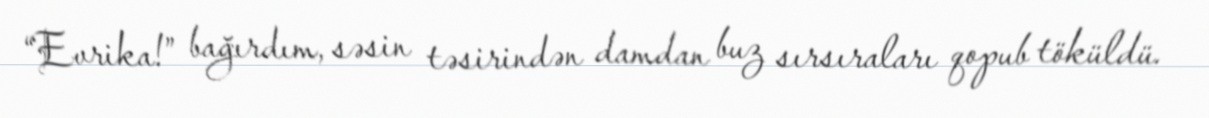
“Evrika!” bağırdım, səsin təsirindən damdan buz sırsıraları qopub töküldü.